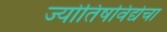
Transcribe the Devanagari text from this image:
ज्योतिषविद्येचा